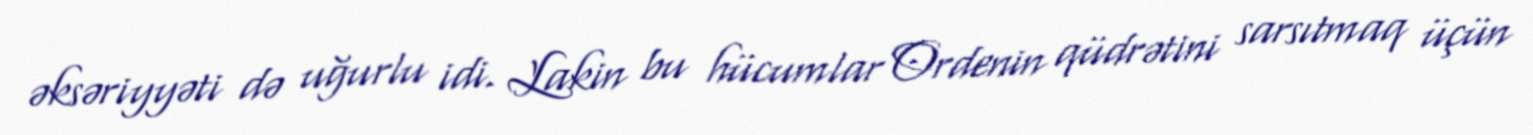
əksəriyyəti də uğurlu idi. Lakin bu hücumlar Ordenin qüdrətini sarsıtmaq üçün